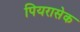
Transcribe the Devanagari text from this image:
पियरासेक